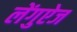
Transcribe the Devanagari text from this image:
लेंगुऐज